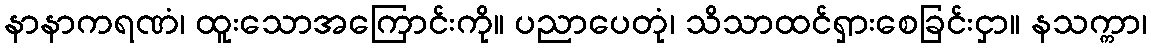
နာနာကရဏံ၊ ထူးသောအကြောင်းကို။ ပညာပေတုံ၊ သိသာထင်ရှားစေခြင်းငှာ။ နသက္ကာ၊